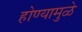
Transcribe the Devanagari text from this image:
होण्यामुळे